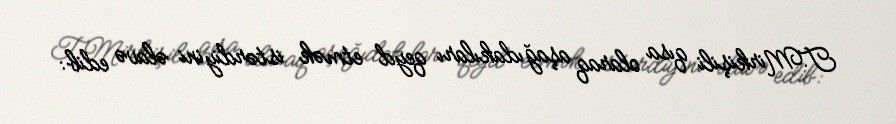
T.Mirkişili qısa olaraq aşağıdakıları qeyd etmək istərdiyini əlavə edib: